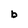
Character: b